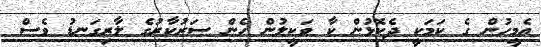
އެމީހުން ގެ ކަމަކީ ދެކޮޅުން ކާ ވަކީލުން ހެން ސަރުކާރުގެ ލާރިގަނޑު ވެސް